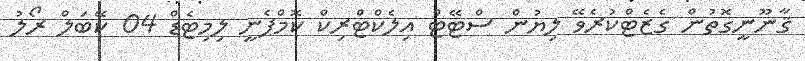
ޤާނޫނީގޮތުން ގެޒެޓްކުރެވޭ ލިޔުން ސްޓޭޓް އިލެކްޓްރިކް ކޮމްޕެނީ ލިމިޓެޑް 04 ކޭބަލް ރޯލު